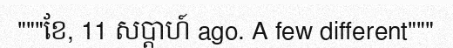
"""ខែ, 11 សប្តាហ៍ ago. A few different"""